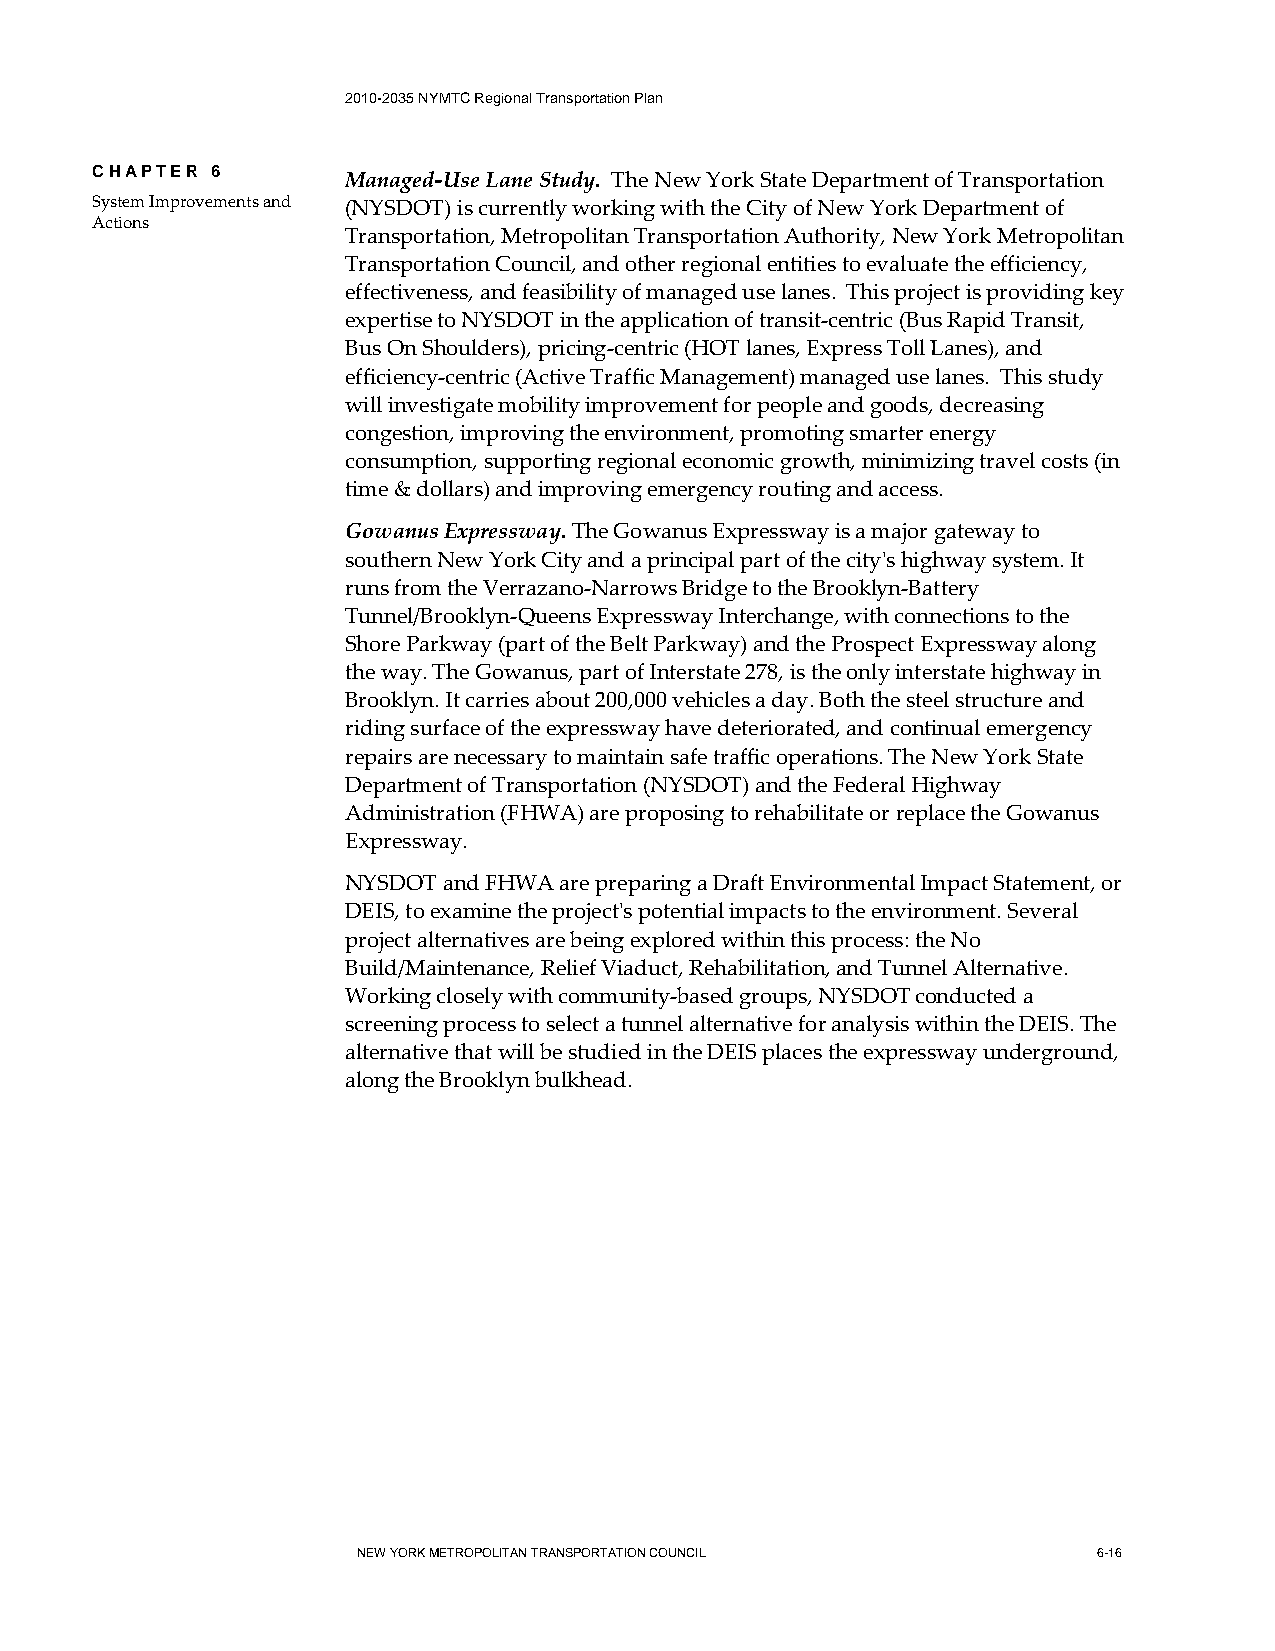
2010-2035 NYMTC Regional Transportation Plan
 CHAPTER 6
 Managed-Use Lane Study. The New York State Department of Transportation
 System Improvements and (NYSDOT) is currently working with the City of New York Department of
 Actions
 Transportation, Metropolitan Transportation Authority, New York Metropolitan
 Transportation Council, and other regional entities to evaluate the efficiency,
 effectiveness, and feasibility of managed use lanes. This project is providing key
 expertise to NYSDOT in the application of transit-centric (Bus Rapid Transit,
 Bus On Shoulders), pricing-centric (HOT lanes, Express Toll Lanes), and
 efficiency-centric (Active Traffic Management) managed use lanes. This study
 will investigate mobility improvement for people and goods, decreasing
 congestion, improving the environment, promoting smarter energy
 consumption, supporting regional economic growth, minimizing travel costs (in
 time & dollars) and improving emergency routing and access.
 Gowanus Expressway. The Gowanus Expressway is a major gateway to
 southern New York City and a principal part of the city's highway system. It
 runs from the Verrazano-Narrows Bridge to the Brooklyn-Battery
 Tunnel/Brooklyn-Queens Expressway Interchange, with connections to the
 Shore Parkway (part of the Belt Parkway) and the Prospect Expressway along
 the way. The Gowanus, part of Interstate 278, is the only interstate highway in
 Brooklyn. It carries about 200,000 vehicles a day. Both the steel structure and
 riding surface of the expressway have deteriorated, and continual emergency
 repairs are necessary to maintain safe traffic operations. The New York State
 Department of Transportation (NYSDOT) and the Federal Highway
 Administration (FHWA) are proposing to rehabilitate or replace the Gowanus
 Expressway.
 NYSDOT and FHWA are preparing a Draft Environmental Impact Statement, or
 DEIS, to examine the project's potential impacts to the environment. Several
 project alternatives are being explored within this process: the No
 Build/Maintenance, Relief Viaduct, Rehabilitation, and Tunnel Alternative.
 Working closely with community-based groups, NYSDOT conducted a
 screening process to select a tunnel alternative for analysis within the DEIS. The
 alternative that will be studied in the DEIS places the expressway underground,
 along the Brooklyn bulkhead.
 NEW YORK METROPOLITAN TRANSPORTATION COUNCIL     6-16